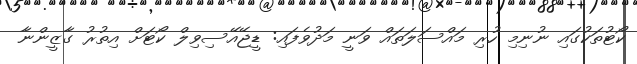
ކޯޓުތަކުގައި ނުނިމި ހުރި މައްސަލަތައް ވަނީ މަދުވެފައި: ޑީޖޭއޭސިވިލް ކޯޓަށް އިތުރު ގާޒީންނާ